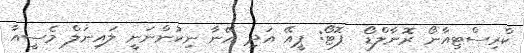
ކްރިސްޓިއާނޯ ރޮނާލްޑޯ  ފޮޓޯ: ޕީއޭ އަދި އޭނާ ނިކުންނަނީ ލައިނަލް މެސީއާ